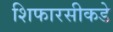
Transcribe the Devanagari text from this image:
शिफारसीकडे